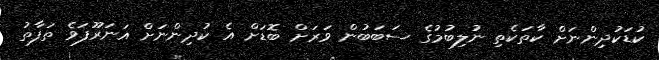
ކުޑަކުދިންނަށް ކާތަކެތި ނުލިބުމުގެ ސަބަބުން ވަރަށް ބޮޑަށް އެ ކުދިންނަށް އަނަރޫފަވެ ތަފާތު